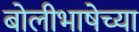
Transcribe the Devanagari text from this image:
बोलीभाषेच्या